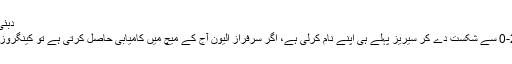
دبئی: پاکستان کا نیوزی لینڈ کے خلاف ٹاس جیت کر بیٹنگ کا فیصلہ
واضح رہے کہ قومی ٹیم نے کیویز کو تین ٹی ٹوینٹی میچز میں‌ 2-0 سے شکست دے کر سیریز پہلے ہی اپنے نام کرلی ہے، اگر سرفراز الیون آج کے میچ میں‌ کامیابی حاصل کرتی ہے تو کینگروز کے بعد نیوزی لینڈ کے خلاف بھی وائٹ واش مکمل ہوجائے گا.